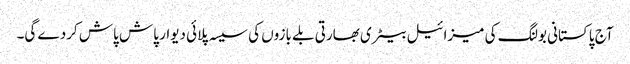
آج پاکستانی بولنگ کی میزائیل بیٹری بھارتی بلے بازوں کی سیسہ پلائی دیوار پاش پاش کردے گی۔